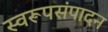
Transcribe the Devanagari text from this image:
स्वरूपसंपादन